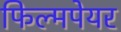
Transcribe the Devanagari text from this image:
फिल्मपेयर